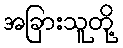
အခြားသူတို့